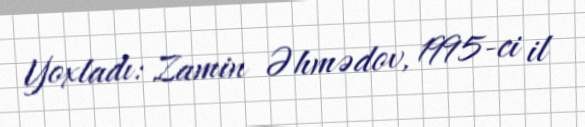
Yoxladı: Zamin Əhmədov, 1995-ci il